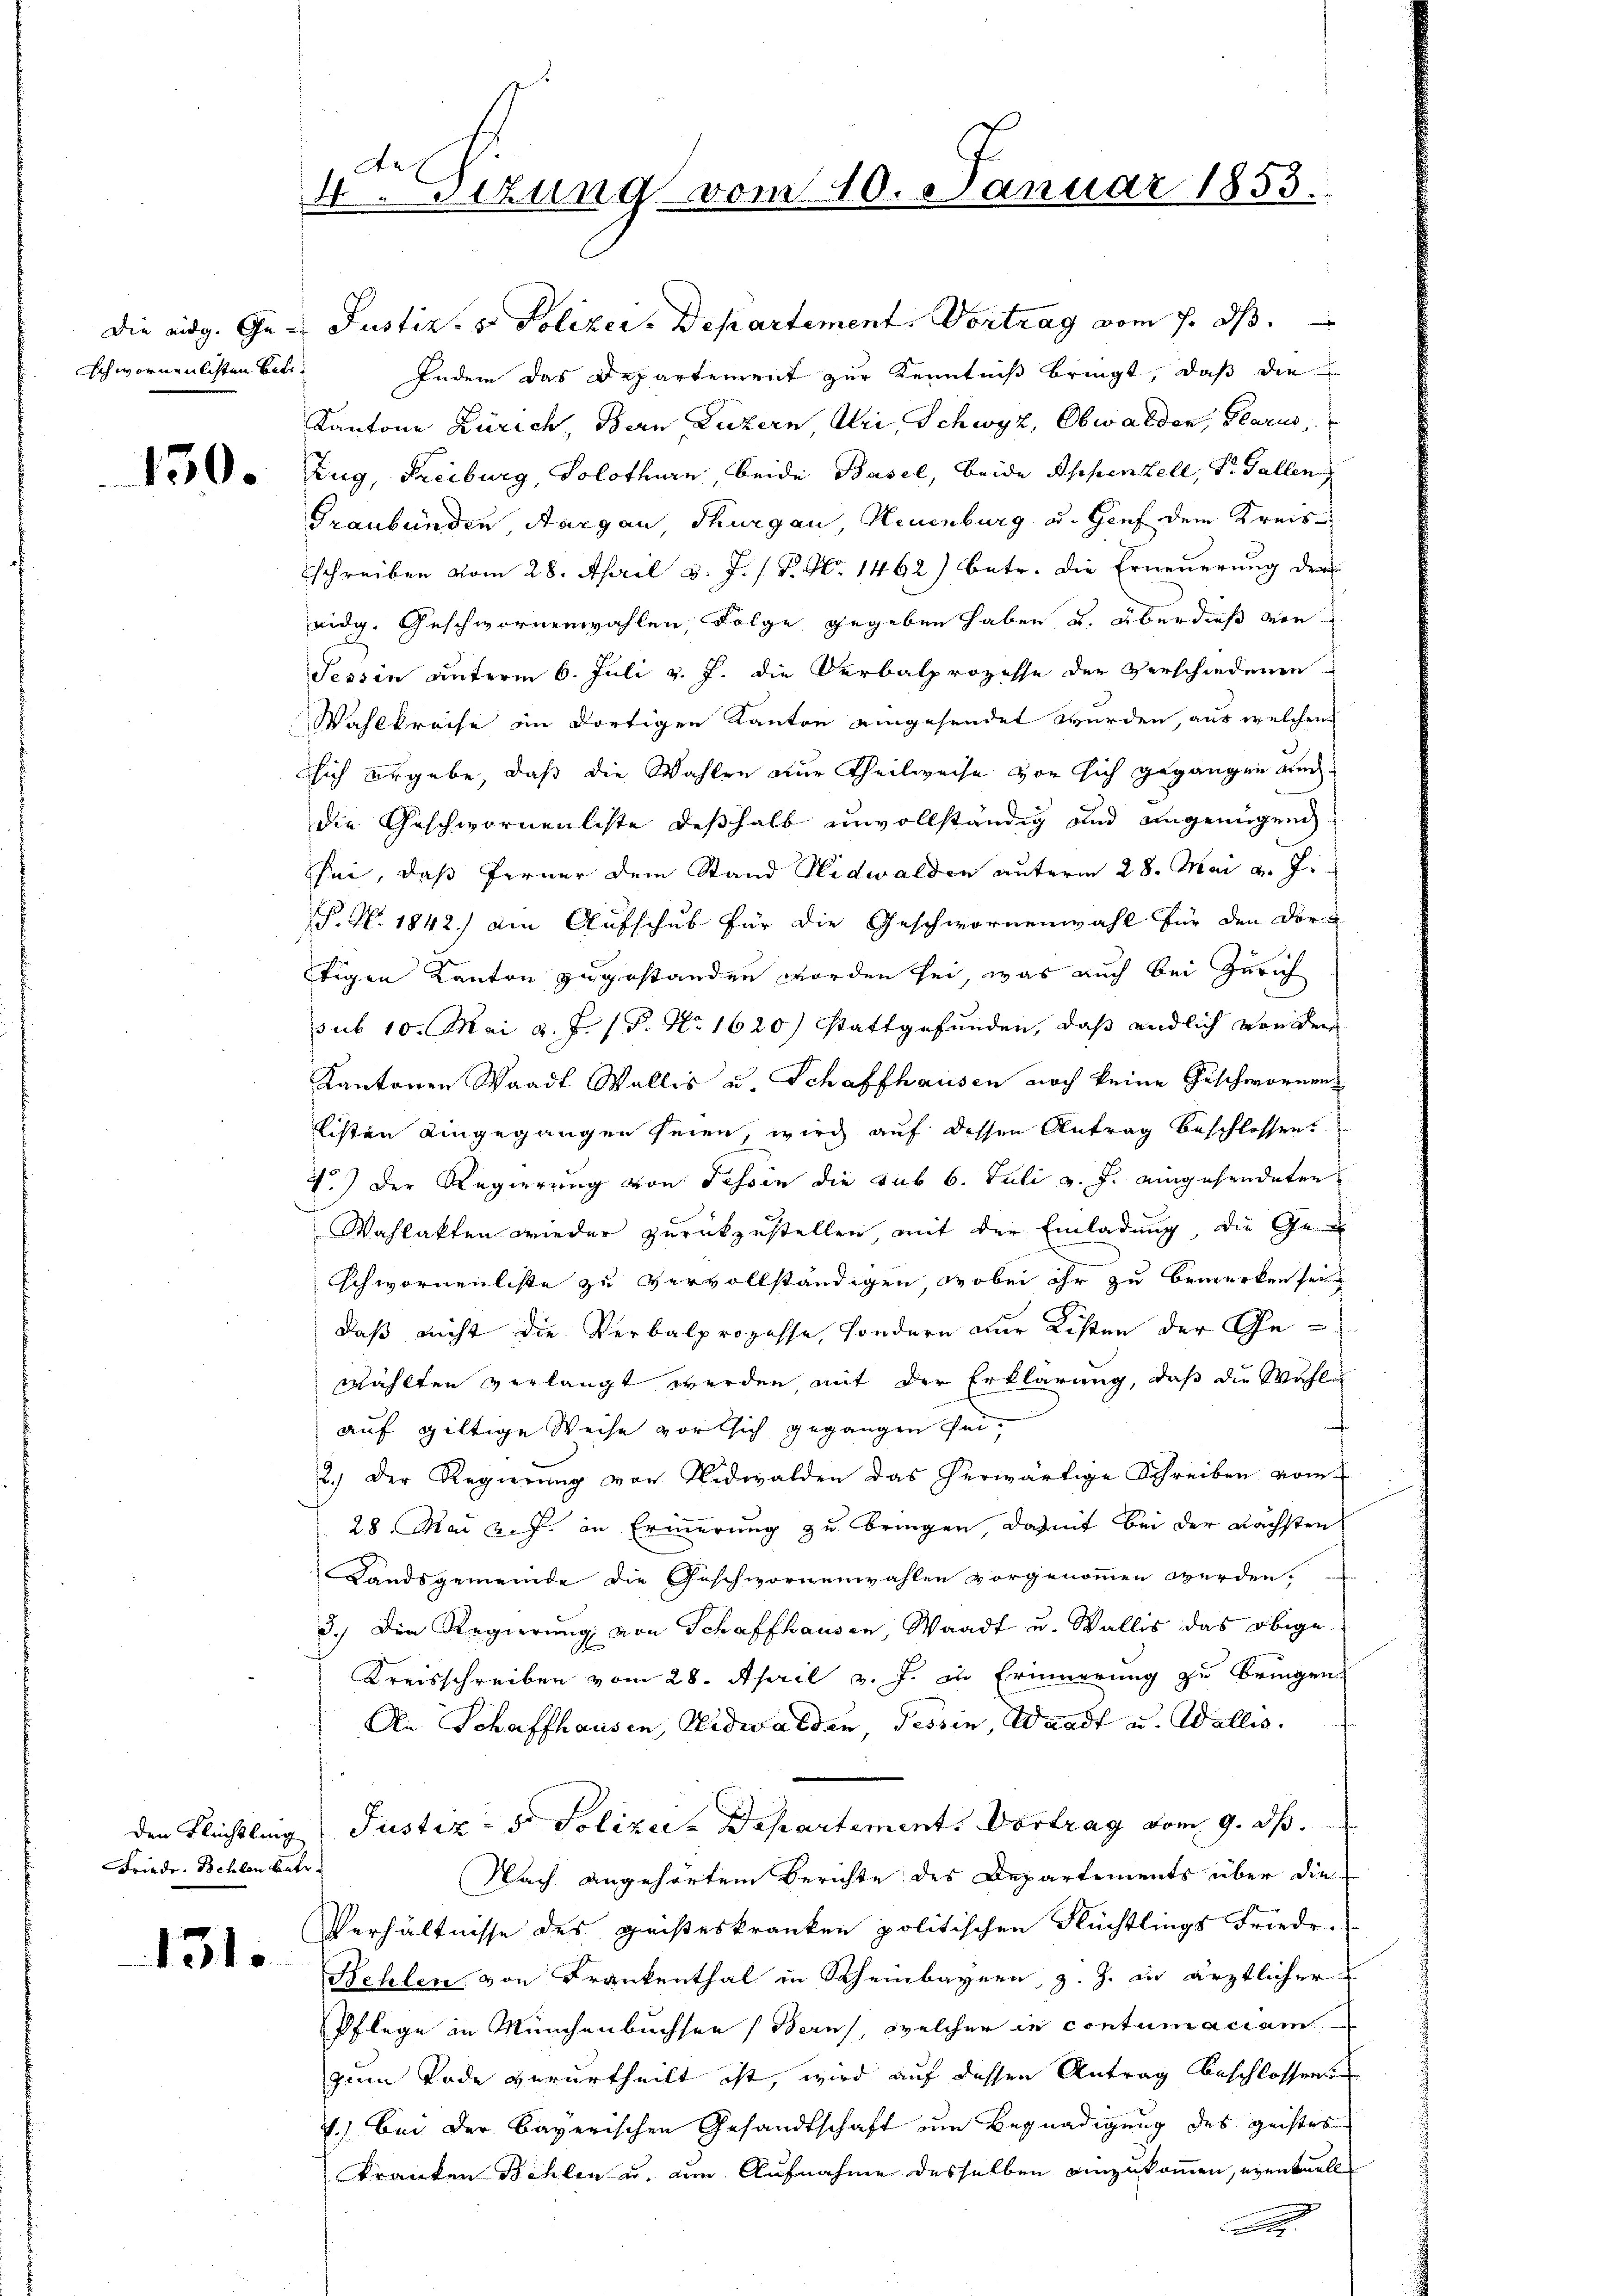
Ichwornenlichten Betr.

150.

Friede Behlen Betr

131.

4.sizung vom 10. Januar 1853.

Die eidg. Ge- Justiz- & Polizei. Departement. Vortrag vom 7. ds.
Indem das Departement zur Kenntniß bringt, daß die
Kantone Zürich, Bern Luzern Uri, Schwyz, Obwalden, Glarus,
Zug, Freiburg, Solothurn beide Basel, beide Appenzell, Dr. Gallen
Graubünden, Aargau, Thurgau, Neuenburg u. Genf dem Kreis
schreiben vom 28. April d. J. J. P. Nr. 1462) betr. die Erneuerung der
eidg. Geschwornenwahlen, Folge gegeben haben u. überdieß von
Tessin unterm 6. Juli v. J. die Verbalprozesse der Verschiedenen
Wahlkreise in dortigen Kanton eingesendet wurden, aus welchen
d
sich ergebe, daß die Wahlen nur Theilweise von sich gegangen und
die Geschwornenlichte deßhalb unvollständig und angenügend
sei, daß ferner dem Stand Nidwalden unterm 28. Mai v. Ji
P.N. 1842) ain Aufschub für die Geschwornenwahl für den Dortigen Kanton zugestanden worden sei, was auch bei Zürich
sub 10. Mai d. J. 18. No 1620) Stattgefunden, daß endlich von der
Kantonen Waadt Wallis u. Schaffhausen noch keine Geschwornenlisten eingegangen seien, wird auf dessen Antrag beschlossen.
7.) Der Regierung von Tessin die sub 6. Juli v. J. eingehendeten
Wahlakten wieder zurückzustellen, mit der Einladung, die Geschwornenliste zu vervollständigen, wobei ihr zu bemerken sein
daß nicht die Verbalprozesse, sondern nur Kisten der Gewählten verlangt werden, mit der Erklärung, daß die Wahl
auf giltige Weise vor sich gegangen sei,
2.) Der Regierŭng von Nidwalden das herwärtige Schreiben vom
28. Mai v. J. in Erinnerung zu bringen damit bei der nächsten
Landsgemeinde die Geschwornenwahlen vorgenommen werden,
3.) Die Regierŭng von Schaffhausen, Waadt u. Wallis das obige
Kreisschreiben vom 28. April v. J. in Erinnerung zu bringen
An Schaffhausen, Nidwalden Tessin, Waadt u. Wallis,
den Flüchtling Justiz- & Polizei- Departement. Vortrag vom 9. ds.
Nach angehörtem Berichte des Departements über die
Verhältnisse des geisteskranken politischen Flüchtlings Friede
Behlen von Frankenthal in Scheinbaynen, z. Z. in ärztlicher
Pflege in Münchenbuchsen (Berns, welcher in contumaciam
zum Tode verurtheilt ist, wird auf dessen Antrag beschlossen
1.) Bei der bayerischen Gesandtschaft um Begnadigung des geistes
kranken Behlen u. am Aufnahme desselben einzukommen, eventuell